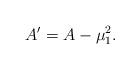
LaTeX: \begin{align*} A'= A-\mu _1^2. \end{align*}